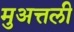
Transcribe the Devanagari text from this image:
मुअत्तली